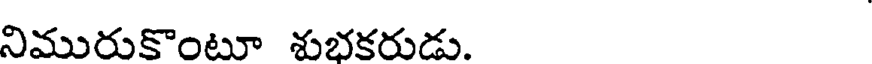
నిమురుకొంటూ శుభకరుడు.